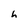
Character: h